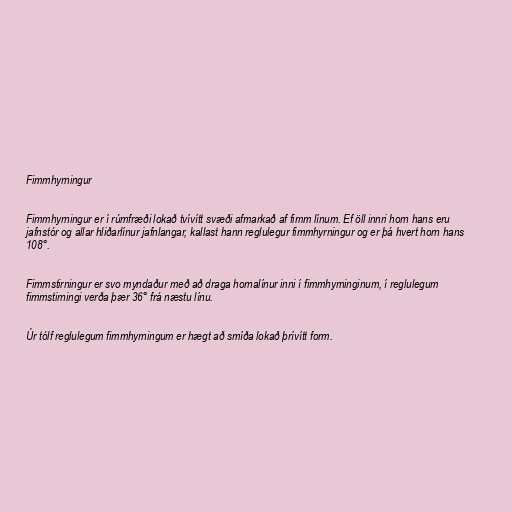
Fimmhyrningur

Fimmhyrningur er í rúmfræði lokað tvívítt svæði afmarkað af fimm línum. Ef öll innri horn hans eru
jafnstór og allar hliðarlínur jafnlangar, kallast hann reglulegur fimmhyrningur og er þá hvert horn hans
108°.

Fimmstirningur er svo myndaður með að draga hornalínur inni í fimmhyrninginum, í reglulegum
fimmstirningi verða þær 36° frá næstu línu.

Úr tólf reglulegum fimmhyrningum er hægt að smíða lokað þrívítt form.